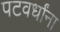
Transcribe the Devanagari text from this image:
पटवर्धांना